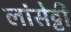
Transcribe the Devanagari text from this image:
लांसेट्टी